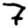
Digit: 7